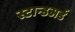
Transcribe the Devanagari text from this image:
स्टान्डअर्ड